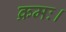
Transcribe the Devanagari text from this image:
क्रमः।